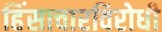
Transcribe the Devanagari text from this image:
हिंसाचारविरोधी